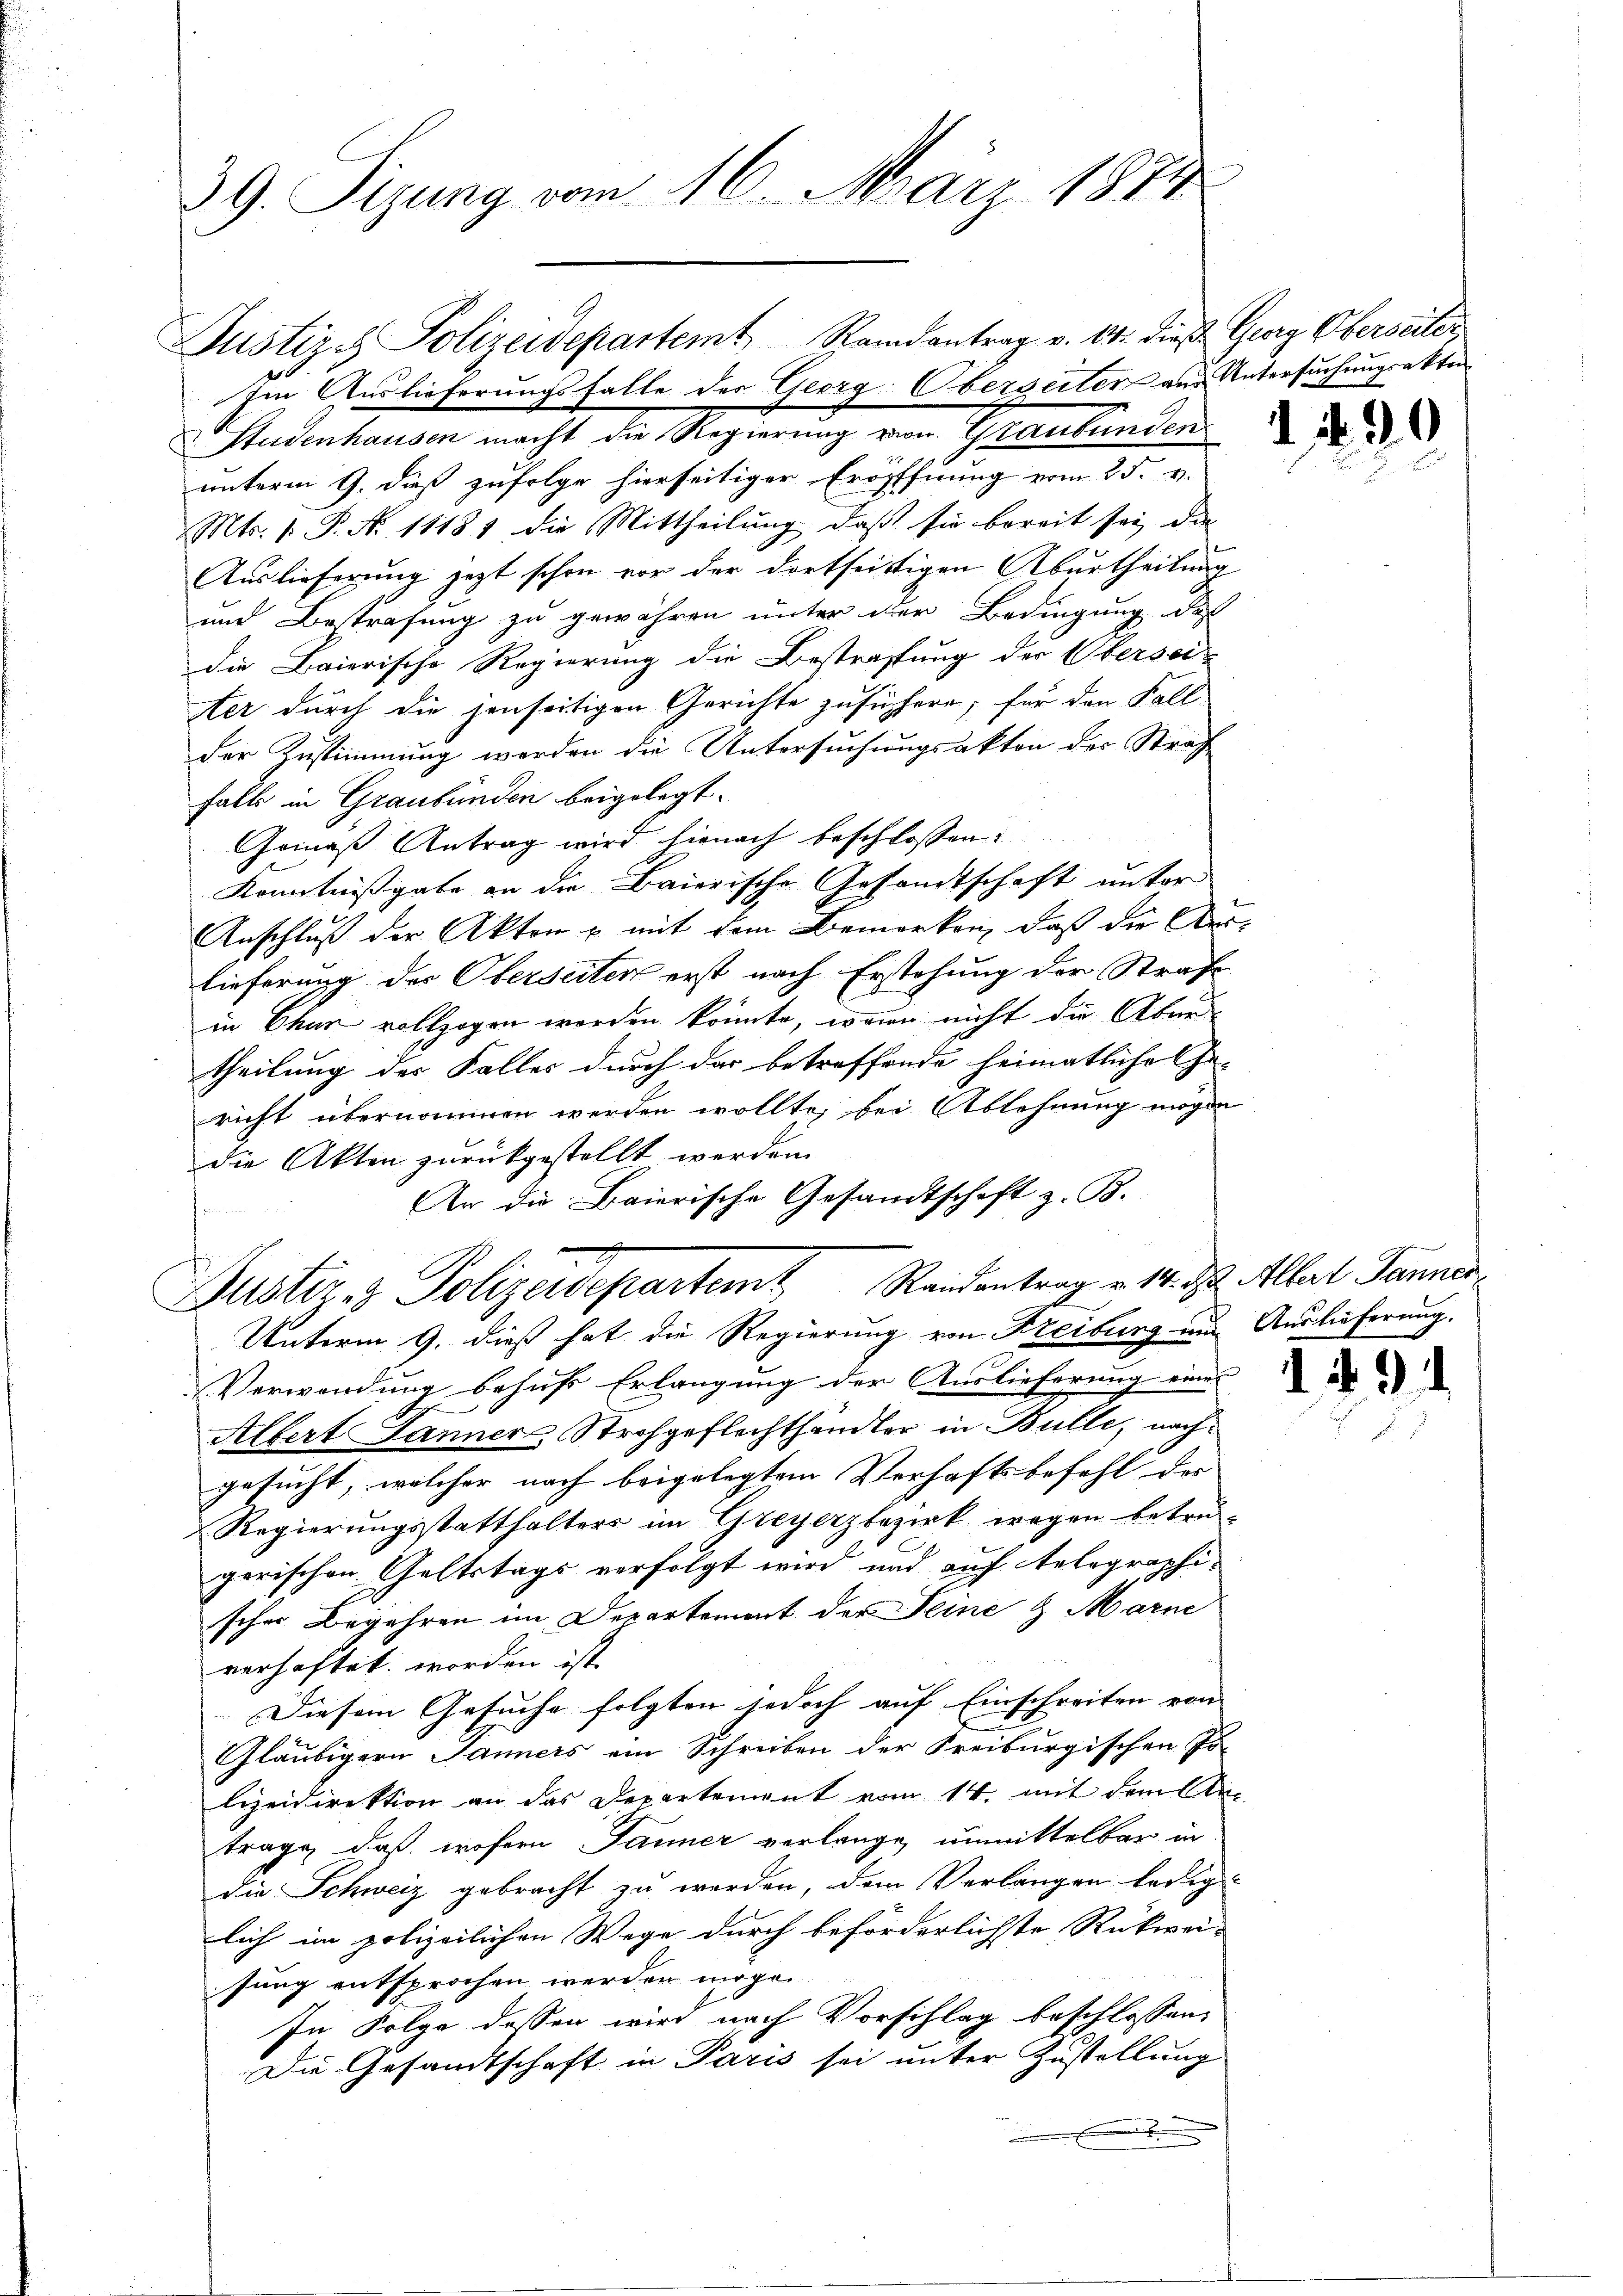
39. Sizung vom 16. März 1874

Im Auslieferungsfalle des Georg Oberseiter aus Untersuchungsakten
 Studenhausen macht die Regierung von Graubünden
unterm 9. dieß zufolge hierseitiger Eröffnung vom 25. v.
Mts. 1. P. N. 11181 die Mittheilung, daß sie bereit sei, die
Auslieferung jetzt schon vor der dortseitigen Aburtheilung
und Bestrafung zu gewähren unter der Bedingung des
die Baierische Regierung die Bestrafung der Oberseiter durch die jenseitigen Gerichte zu sühere, für den Fall-
der Zustimmung werden die Untersuchungsakten des Straf
falls in Graubünden beigelegt.
Gemäß Antrag wird hienach beschlossen:
Kenntnißgabe an die Baierische Gesandtschaft unter
Anschluß der Akten u. mit dem Bemerken, daß die Auslieferung des Oberseiter erst nach Erstehung der Strafe
in Chur vollzogen worden könnte, wenn nicht die Aben
theilung der Falles durch dar betreffende heimatliche Ge-
richt übernommen werden wollte, bei Ablehnung mögen
die Akten zurückgestellt werden
An die Baierische Gesandtschaft z. B.
e
Puster- & Polizeidepartemt Reidentrag v. 14. ds. Allert Janner
Unterm 9. dieß hat die Regierung von Freiburg um Auslieferung.
Verwendung behufs Erlangung der Auslieferung eines
Albert Jänner Strohgeflechthandler in Bulle, nach
gesucht, welcher nach beigelegtem Verhaftsbefehl der
Regierungsstatthalters im Greyerzbezirk wegen betregerischen Geltstags verfolgt wird und auf telegraphischer Begehren im Departement der Seine & Marne
verhaftet worden ist
Diesem Gesuche folgten jedoch auf Einschreiten von
Gläubigern Jänners ein Schreiben der Freiburgischen Jo-
lizeidirektion an das Departement vom 14. mit dem die
trage, daß wofern Jänner verlange unmittelbar in
die Schweiz gebracht zu werden, dem Verlangen ledig
lich im polizeilichen Wege durch beförderlichste Rückwei-
sung entsprochen werden möge.
In Folge dessen wird nach Vorschlag beschlossen,
Die Gesamtschaft in Paris sei unter Zustellung
.

Justiz- & Polizeidepartemt Randantrag v. 14. die Georg Oberseiter

1. 490

149.